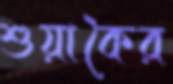
শুয়াকৈর